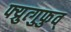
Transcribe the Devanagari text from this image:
फ्य्रुत्गुफुव्